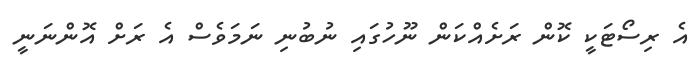
އެ ރިސޯޓަކީ ކޮން ރަށެއްކަން ނޫހުގައި ނުބުނި ނަަމަވެސް އެ ރަށް އޮންނަނީ